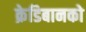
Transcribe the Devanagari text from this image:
क्रेडिबानको